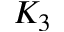
K _ { 3 }